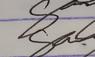
Signature authenticity: genuine